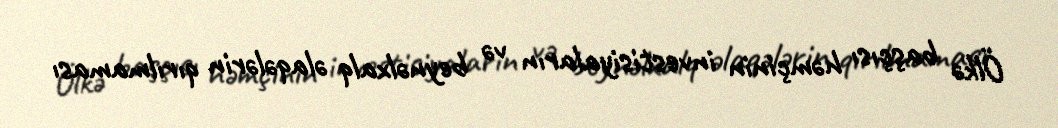
Ölkə başçısı həmçinin investisiyaların və beynəlxalq əlaqələrin qırılmaması